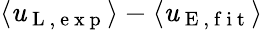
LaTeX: \langle\mathit{u}_{\mathrm{{~L~,~e~x~p~}}}\rangle-\langle\mathit{u}_{\mathrm{{~E~,~f~i~t~}}}\rangle